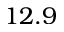
1 2 . 9